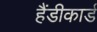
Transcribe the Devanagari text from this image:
हैंडीकार्ड